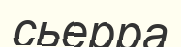
сьерра